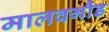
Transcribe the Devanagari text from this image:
मालवगौड